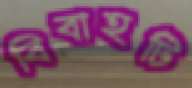
বিবাহটি